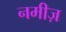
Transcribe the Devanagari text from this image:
नमीज़